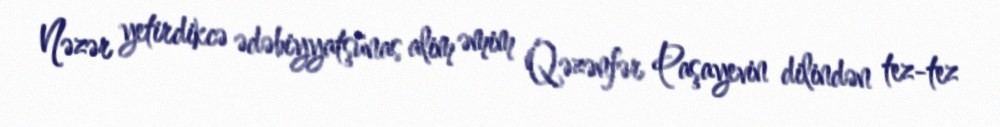
Nəzər yetirdikcə ədəbiyyatşünas alim əmim Qəzənfər Paşayevin dilindən tez-tez